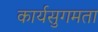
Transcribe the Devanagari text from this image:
कार्यसुगमता